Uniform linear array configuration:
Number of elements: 32
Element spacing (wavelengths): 1
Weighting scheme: uniform
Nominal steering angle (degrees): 60
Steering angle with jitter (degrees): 61.328
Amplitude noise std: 0.05
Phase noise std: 0.05

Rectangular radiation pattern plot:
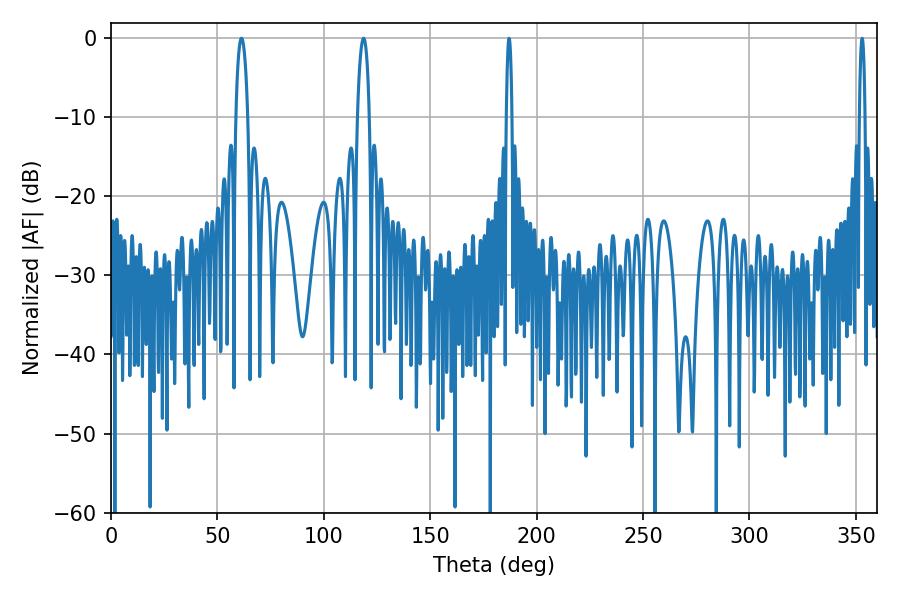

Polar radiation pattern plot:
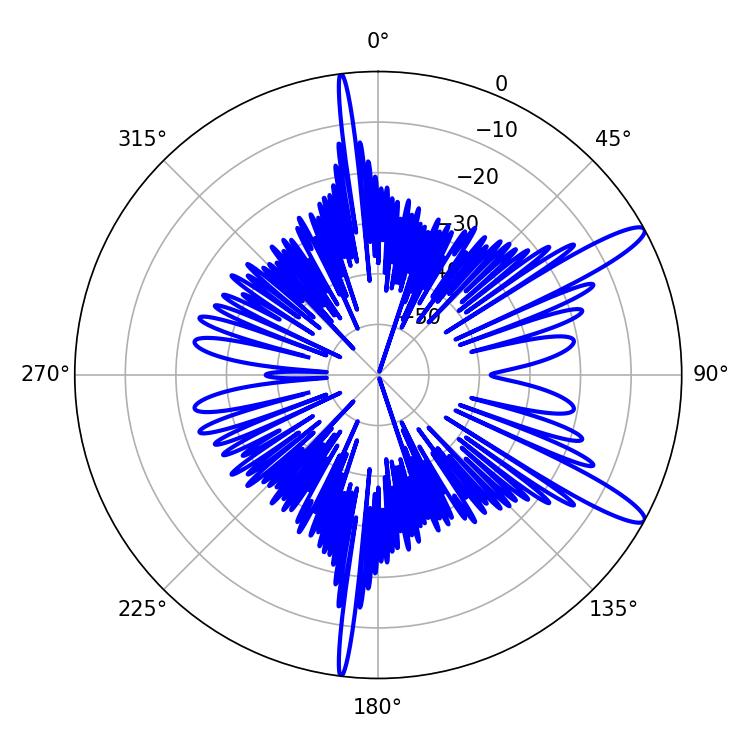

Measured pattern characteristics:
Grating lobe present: TRUE
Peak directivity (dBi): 12.842
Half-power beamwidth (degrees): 1.44
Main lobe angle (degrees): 187.02